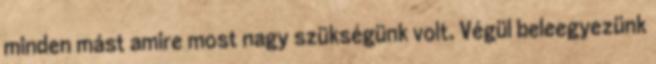
minden mást amire most nagy szükségünk volt. Végül beleegyezünk